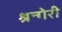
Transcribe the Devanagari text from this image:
श्रन्गेरी